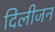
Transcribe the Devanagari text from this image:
दिलीजन